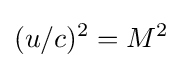
(u/c)^{2}=M^{2}